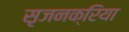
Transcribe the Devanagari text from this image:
सृजनक्रिया